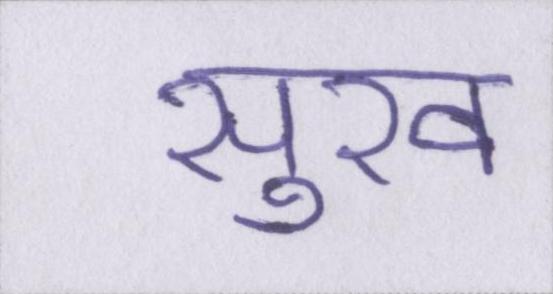
सुख